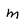
Character: m